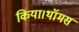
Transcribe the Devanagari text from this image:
किया।थॉमस